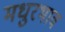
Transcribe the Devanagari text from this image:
मधुरभाव